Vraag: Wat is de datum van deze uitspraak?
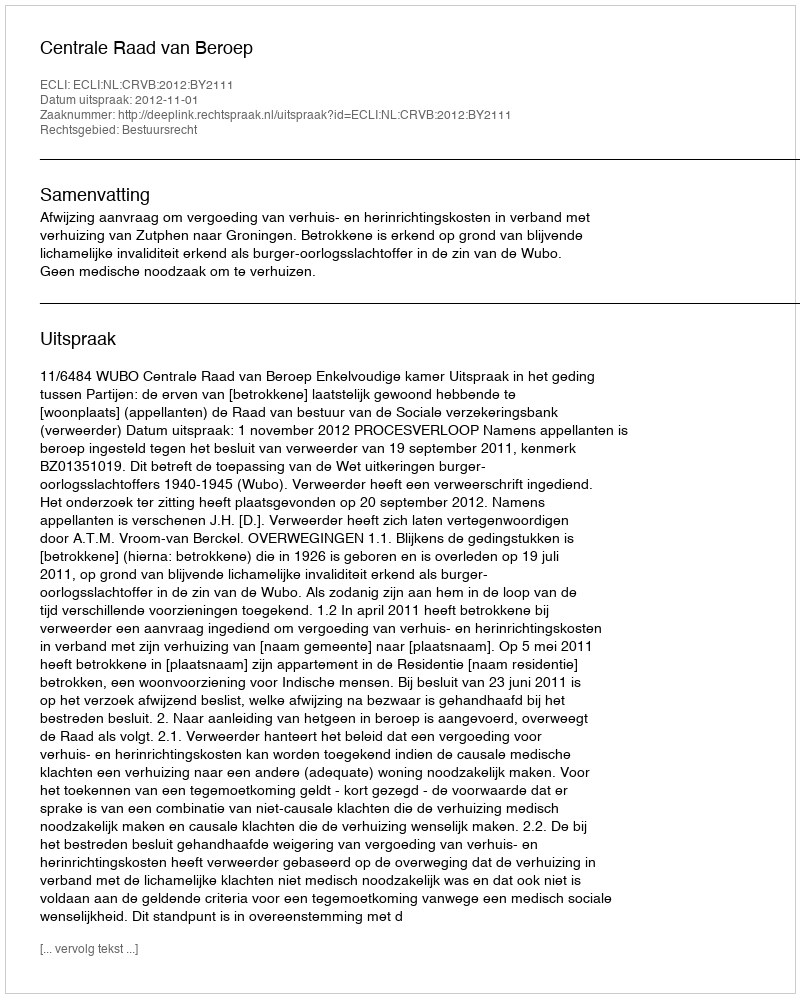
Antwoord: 2012-11-01